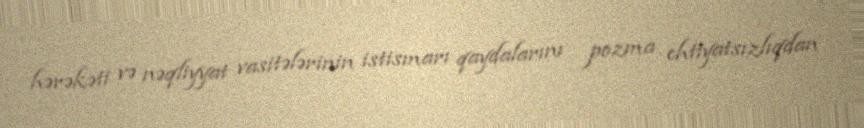
hərəkəti və nəqliyyat vasitələrinin istismarı qaydalarını pozma ehtiyatsızlıqdan